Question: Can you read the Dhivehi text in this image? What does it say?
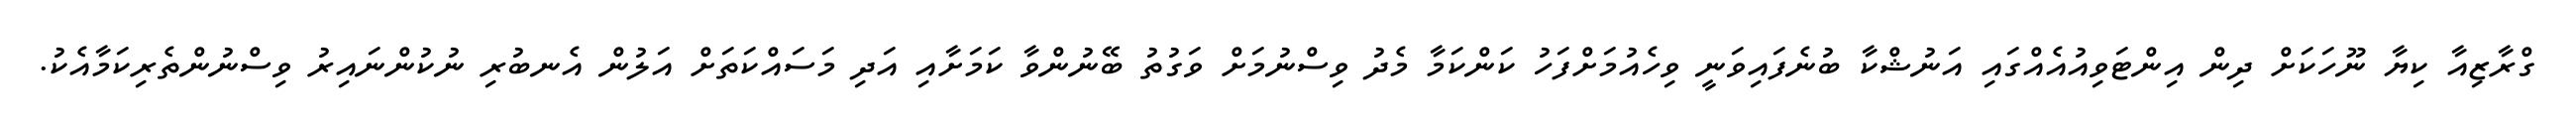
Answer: ގްރާޒިއާ ކިޔާ ނޫހަކަށް ދިން އިންޓަވިއުއެއްގައި އަނުޝްކާ ބުނެފައިވަނީ ވިހެއުމަށްފަހު ކަންކަމާ މެދު ވިސްނުމަށް ވަގުތު ބޭނުންވާ ކަމަށާއި އަދި މަސައްކަތަށް އަލުން އެނބުރި ނުކުންނައިރު ވިސްނުންތެރިކަމާއެކު.